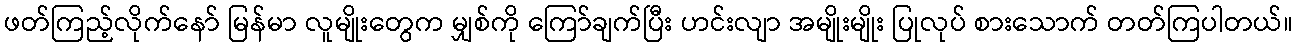
ဖတ်ကြည့်လိုက်နော် မြန်မာ လူမျိုးတွေက မျှစ်ကို ကြော်ချက်ပြီး ဟင်းလျာ အမျိုးမျိုး ပြုလုပ် စားသောက် တတ်ကြပါတယ်။